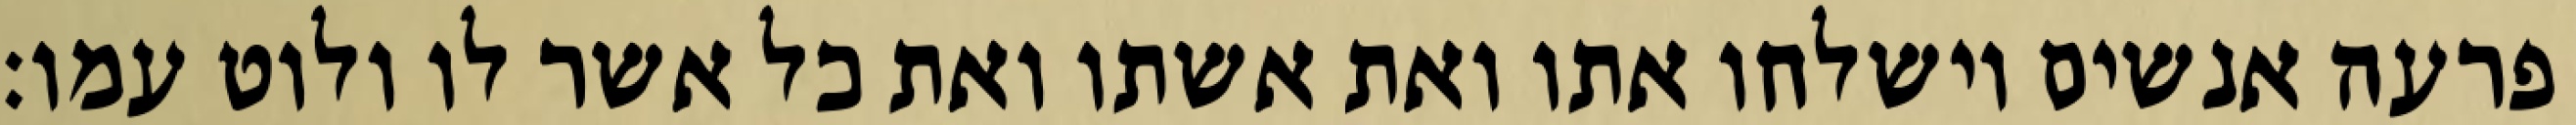
פרעה אנשים וישלחו אתו ואת אשתו ואת כל אשר לו ולוט עמו׃